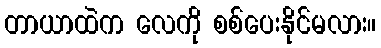
တာယာထဲက လေကို စစ်ပေးနိုင်မလား။